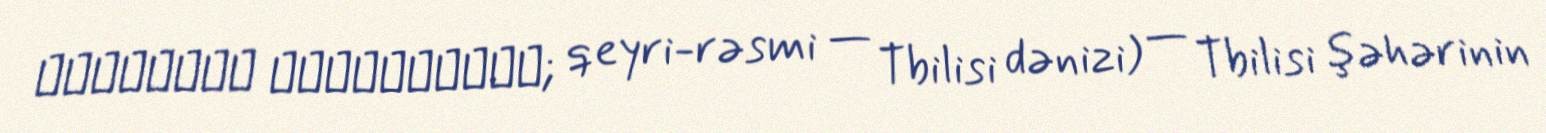
თბილისის წყალსაცავი; qeyri-rəsmi — Tbilisi dənizi) — Tbilisi şəhərinin